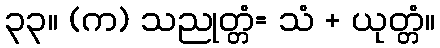
၃၃။ (က) သညုတ္တံ= သံ + ယုတ္တံ။